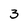
Character: 3